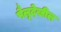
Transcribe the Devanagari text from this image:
पैलूदेखील